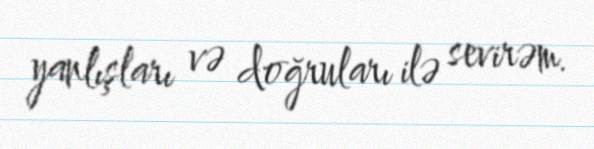
yanlışları və doğruları ilə sevirəm.